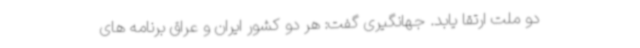
دو ملت ارتقا یابد. جهانگیری گفت: هر دو کشور ایران و عراق برنامه های